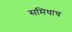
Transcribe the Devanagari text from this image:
समिधाच